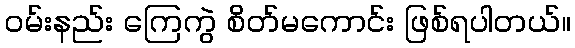
ဝမ်းနည်း ကြေကွဲ စိတ်မကောင်း ဖြစ်ရပါတယ်။